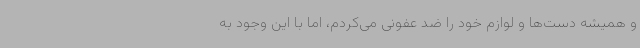
و همیشه دست‌ها و لوازم خود را ضد عفونی می‌کردم، اما با این وجود به